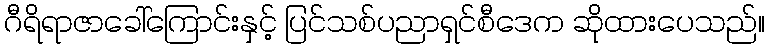
ဂီရိရာဇာခေါ်ကြောင်းနှင့် ပြင်သစ်ပညာရှင်စီဒေက ဆိုထားပေသည်။